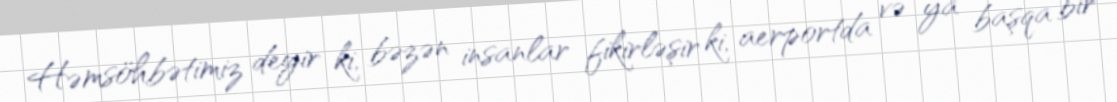
Həmsöhbətimiz deyir ki, bəzən insanlar fikirləşir ki, aerportda və ya başqa bir